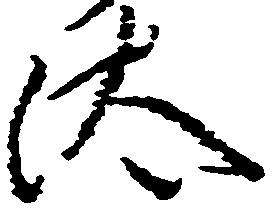
汰